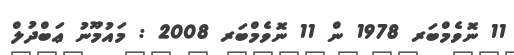
11 ނޮވެމްބަރ 1978 ން 11 ނޮވެމްބަރ 2008 : މައުމޫނު ޢަބްދުލް